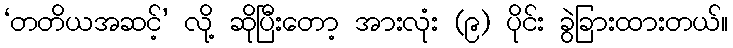
‘တတိယအဆင့်’ လို့ ဆိုပြီးတော့ အားလုံး (၉) ပိုင်း ခွဲခြားထားတယ်။